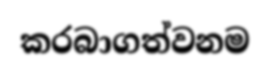
කරබාගත්වනම